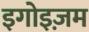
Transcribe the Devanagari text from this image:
इगोइज़म